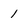
Character: 1